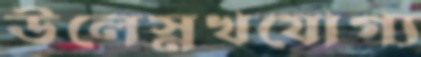
উলেস্নখযোগ্য